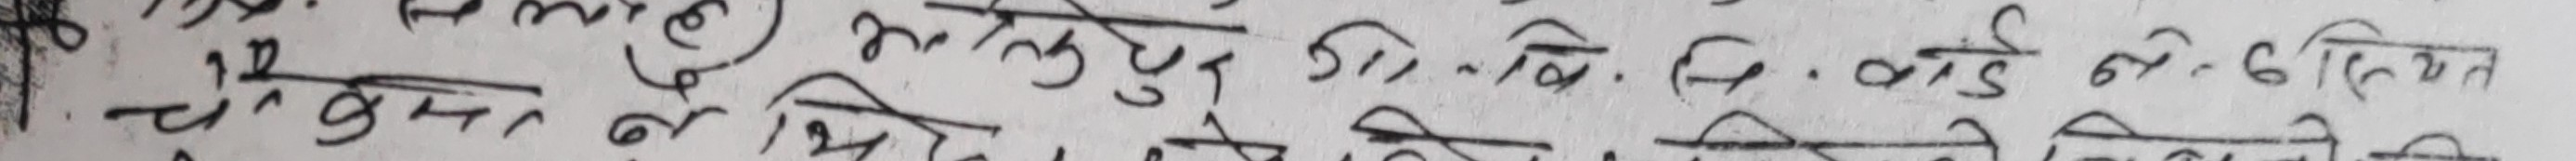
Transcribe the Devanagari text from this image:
बल्लुपुर वि.वि.वि. कोई अन ६० कियत
१. चैत ०७४ विमंज केही कुरा बारेमा